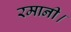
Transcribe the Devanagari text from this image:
रमानी।